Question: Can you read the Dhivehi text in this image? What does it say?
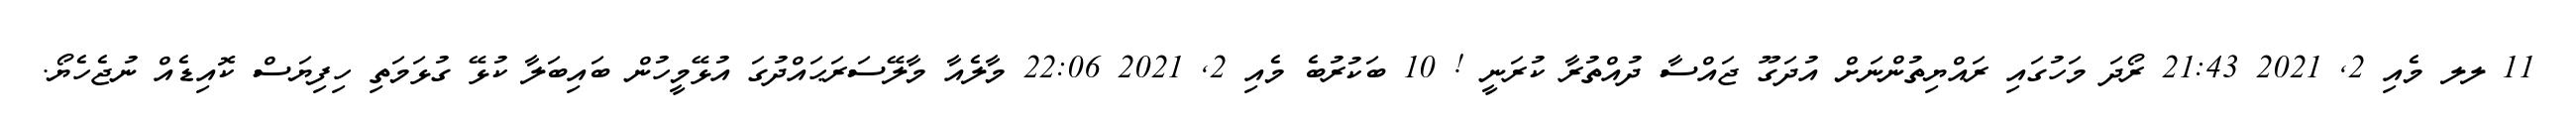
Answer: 11 ލލ މެއި 2, 2021 21:43 ރޯދަ މަހުގައި ރައްޔިތުންނަށް އުދަގޫ ޖައްސާ ދުއްތުރާ ކުރަނީ ! 10 ބަކުރުބެ މެއި 2, 2021 22:06 މާލެއާ މާލޭސަރަޙައްދުގަ އުޅޭމީހުން ބައިބަލާ ކުޅޭ ގުޅަމަތި ހިފިޔަސް ކޮއިޑެއް ނުޖެހެޔޯ.